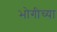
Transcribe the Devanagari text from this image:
भोगीच्या